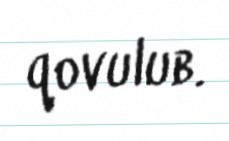
qovulub.